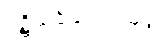
ပဋိသင်္ခါနဗလသုတ္တံ